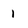
Character: 1